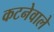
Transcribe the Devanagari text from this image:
कटनेवाले